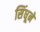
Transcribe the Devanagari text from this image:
सिंधूने